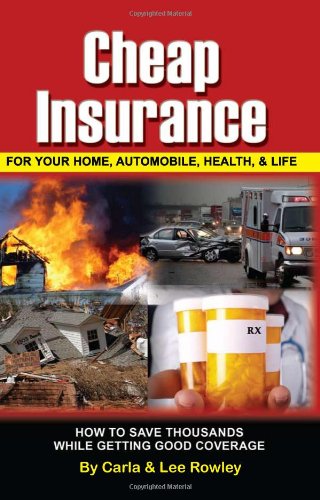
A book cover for Cheap Insurance for Your Home, Automobile, Health, & Life: How to Save Thousands While Getting Good Coverage; Lee Rowley; Engineering & Transportation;